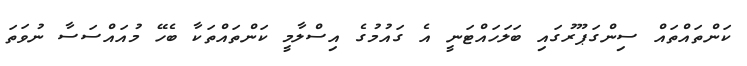
ކަންތައްތައް ސިންގަޕޫރުގައި ބަލަހައްޓަނީ އެ ގައުމުގެ އިސްލާމީ ކަންތައްތަކާ ބެހޭ މުއައްސަސާ ނުވަތަ